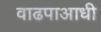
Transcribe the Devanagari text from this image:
वाढपाआधी